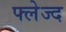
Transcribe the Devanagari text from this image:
फ्लेज्द